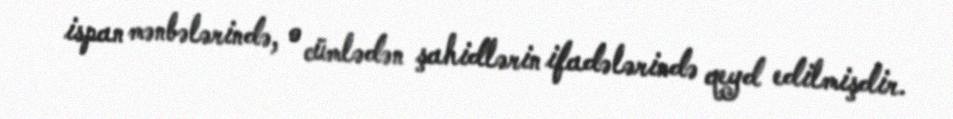
ispan mənbələrində, o cümlədən şahidlərin ifadələrində qeyd edilmişdir.